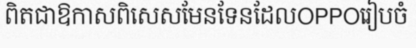
ពិតជាឱកាសពិសេសមែនទែនដែលOPPOរៀបចំ